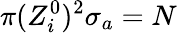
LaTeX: \pi(Z_{i}^{0})^{2}\sigma_{a}=N